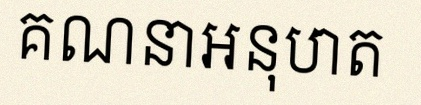
គណនាអនុបាត